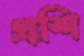
প্রশি